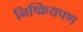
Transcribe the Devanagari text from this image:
निष्क्रियपण